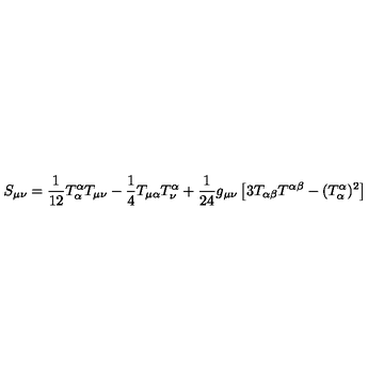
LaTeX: S _ { \mu \nu } = \frac { 1 } { 1 2 } T _ { \alpha } ^ { \alpha } T _ { \mu \nu } - \frac { 1 } { 4 } T _ { \mu \alpha } T _ { \nu } ^ { \alpha } + \frac { 1 } { 2 4 } g _ { \mu \nu } \left[ 3 T _ { \alpha \beta } T ^ { \alpha \beta } - ( T _ { \alpha } ^ { \alpha } ) ^ { 2 } \right]